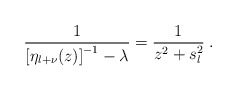
\begin{align*}\frac{1}{\left[ \eta_{l+\nu}(z) \right]^{-1}- \lambda }= \frac{1}{z^{2} + s_{l}^{2}}\; .\end{align*}